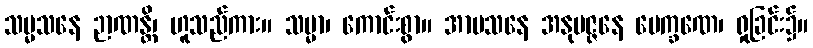
သမ္မသနေ ဉာဏန္တိ၊ ဟူသည်ကား။ သမ္မာ၊ ကောင်းစွာ။ အာမသနေ အနုမဇ္ဇနေ ပေက္ခဏေ၊ ရှုခြင်း၌။